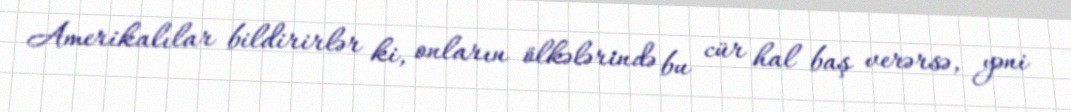
Amerikalılar bildirirlər ki, onların ölkələrində bu cür hal baş verərsə, yəni